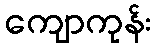
ကျောကုန်း